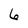
Character: 6